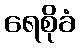
ရေစိုခံ